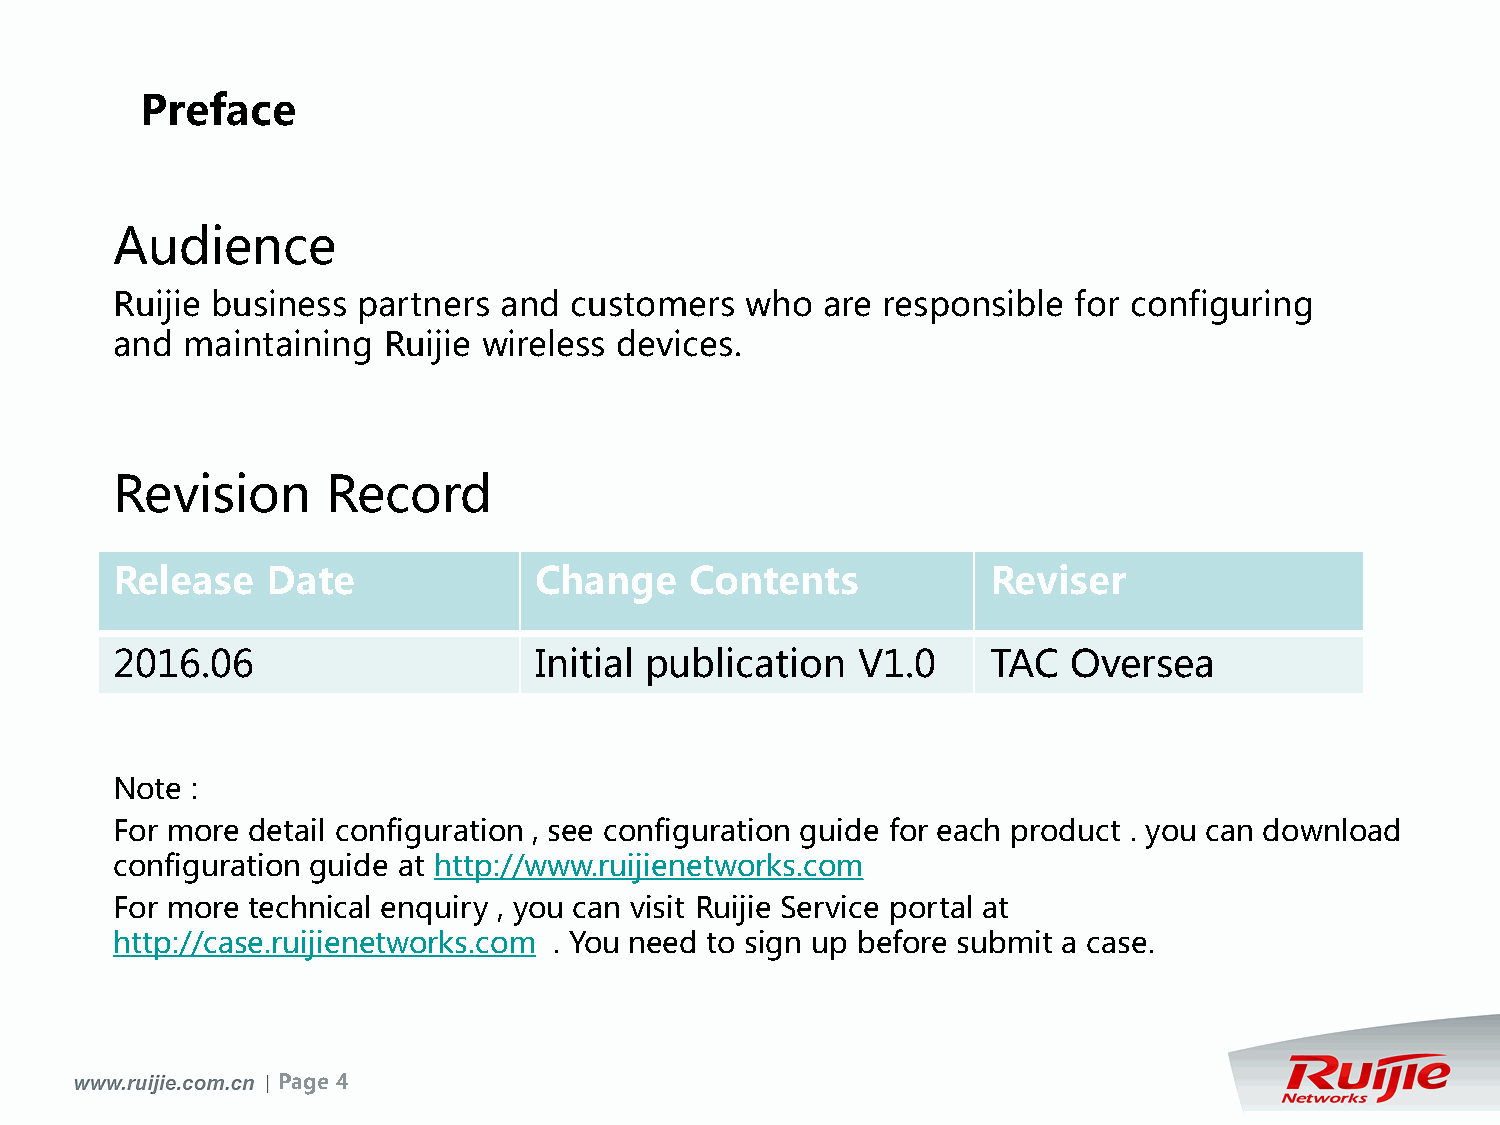
Preface
 Audience
 Ruijie business  partners and  customers  who  are responsible  for configuring
 and  maintaining  Ruijie wireless devices.
 Revision       Record
 Release    Date             Change     Contents            Reviser
 2016.06                     Initial publication   V1.0     TAC  Oversea
 Note  :
 For more detail configuration , see configuration guide for each product . you can download
 configuration guide at http://www.ruijienetworks.com
 For more technical enquiry , you can visit Ruijie Service portal at
 http://case.ruijienetworks.com . You need to sign up before submit a case.
 Page 4